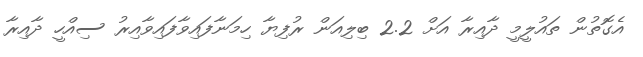
އެގޮތުން ތައުލީމީ ދާއިރާ އަށް 2.2 ބިލިއަން ރުފިޔާ ހިމަނާފައިވާފައިވާއިރު ސިއްހީ ދާއިރާ